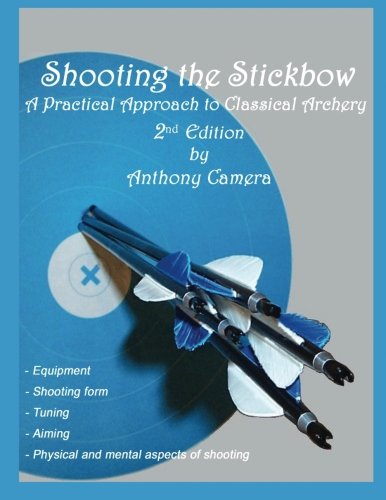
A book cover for Shooting the Stickbow: A Practical Approach to Classical Archery; Anthony Camera; Sports & Outdoors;